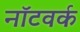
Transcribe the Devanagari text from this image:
नॉटवर्क